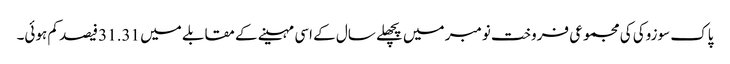
پاک سوزوکی کی مجموعی فروخت نومبر میں پچھلے سال کے اسی مہینے کے مقابلے میں 31.31 فیصد کم ہوئی۔